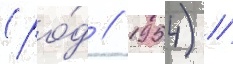
(ро́д // 1954) //